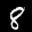
Label: 8